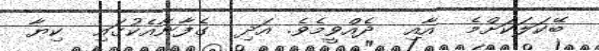
ބޭކަލަކަށްމެ  އާއި  ދެއްވީމެވެ. އަދި  ގެފާނާއެކުގައި  ކިޔާ